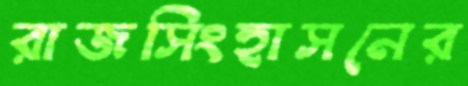
রাজসিংহাসনের